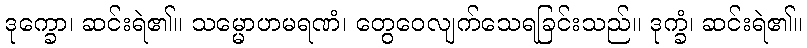
ဒုက္ခော၊ ဆင်းရဲ၏။ သမ္မောဟမရဏံ၊ တွေဝေလျက်သေရခြင်းသည်။ ဒုက္ခံ၊ ဆင်းရဲ၏။